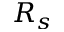
R _ { s }